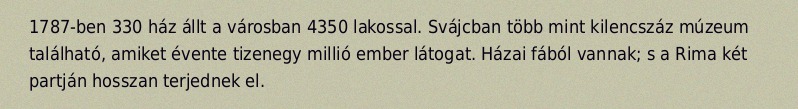
1787-ben 330 ház állt a városban 4350 lakossal. Svájcban több mint kilencszáz múzeum található, amiket évente tizenegy millió ember látogat. Házai fából vannak; s a Rima két partján hosszan terjednek el.